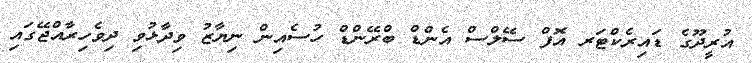
އުރީދޫގެ ޑައިރެކްޓަރ އޮފް ސޭލްސް އެންޑް ބްރޭންޑް ހުސެއިން ނިޔާޒު ވިދާޅުވި ދިވެހިރާއްޖޭގައި